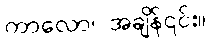
ကာလော၊ အချိန်၎င်း။